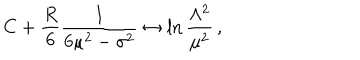
LaTeX: C + \frac { R } { 6 } \frac { 1 } { 6 \mu ^ { 2 } - \sigma ^ { 2 } } \leftrightarrow \ln \frac { \Lambda ^ { 2 } } { \mu ^ { 2 } } \, ,